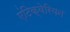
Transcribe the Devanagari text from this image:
एंटिक्वेरियन